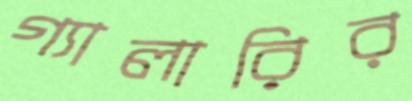
গ্যালারির